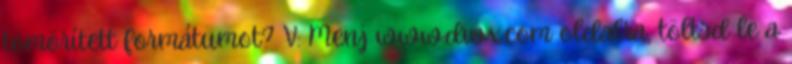
tömörített formátumot? V: Menj www.divx.com oldalra, töltsd le a